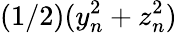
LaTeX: (1/2)(y_{n}^{2}+z_{n}^{2})